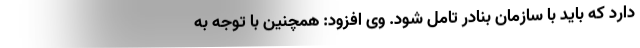
دارد که باید با سازمان بنادر تامل شود. وی افزود: همچنین با توجه به